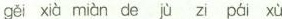
gěi xià miàn de jù zi pái xù